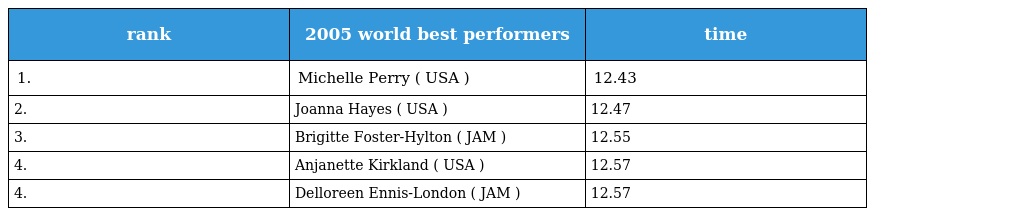
| rank | 2005 world best performers | time |
 | --- | --- | --- |
 | 1. | Michelle Perry ( USA ) | 12.43 |
 | 2. | Joanna Hayes ( USA ) | 12.47 |
 | 3. | Brigitte Foster-Hylton ( JAM ) | 12.55 |
 | 4. | Anjanette Kirkland ( USA ) | 12.57 |
 | 4. | Delloreen Ennis-London ( JAM ) | 12.57 |